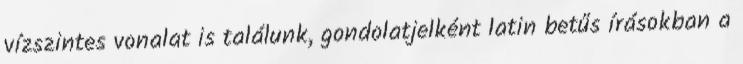
vízszintes vonalat is találunk, gondolatjelként latin betűs írásokban a